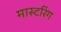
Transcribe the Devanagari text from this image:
मास्‍टरिंग